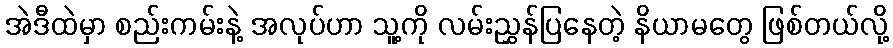
အဲဒီထဲမှာ စည်းကမ်းနဲ့ အလုပ်ဟာ သူ့ကို လမ်းညွှန်ပြနေတဲ့ နိယာမတွေ ဖြစ်တယ်လို့